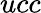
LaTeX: {ucc}